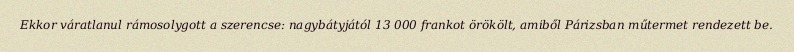
Ekkor váratlanul rámosolygott a szerencse: nagybátyjától 13 000 frankot örökölt, amiből Párizsban műtermet rendezett be.